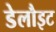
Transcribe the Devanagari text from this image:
डेलौइट